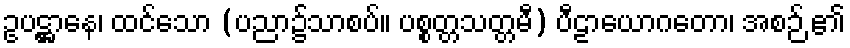
ဥပဋ္ဌာနေ၊ ထင်သော (ပညာ၌သာစပ်။ ပစ္စတ္တသတ္တမီ) ပီဠာယောဂတော၊ အစဉ် ၏